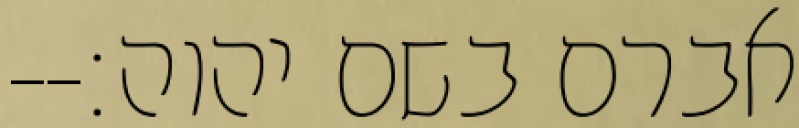
אברם בשם יהוה׃--